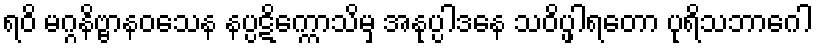
ရဝိ မဂ္ဂနိဗ္ဗာနဝသေန နပ္ပဋိက္ကောသိမှ အနုပ္ပါဒနေ သဝိပ္ဖါရတော ပုရိသဘာဂေါ